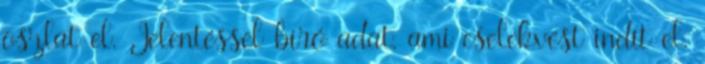
oszlat el. Jelentéssel bíró adat, ami cselekvést indít el.